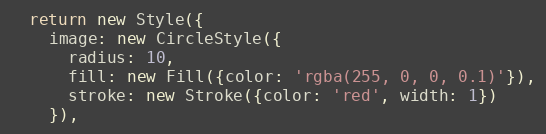
Language: JavaScript
  return new Style({
    image: new CircleStyle({
      radius: 10,
      fill: new Fill({color: 'rgba(255, 0, 0, 0.1)'}),
      stroke: new Stroke({color: 'red', width: 1})
    }),